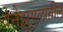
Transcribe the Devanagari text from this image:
वेनेझुएलातील